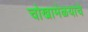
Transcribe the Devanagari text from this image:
चोखामेळयाचे